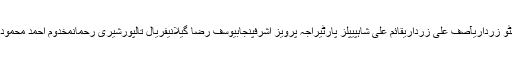
الیکشنپاکستانبلاول بھٹو زرداریآصف علی زرداریقائم علی شاہپیپلز پارٹیراجہ پرویز اشرفپنجابیوسف رضا گیلانیفریال تالپورشیری رحمانمخدوم احمد محمودعام انتخابات 2018